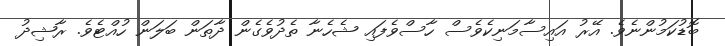
ބޮޑުކަމުންނެވެ. އޭރު އައިސާމަނިކެވެސް ހާސްވެފައި ޝެހެނާ ތެދުވެގެން ދާތަން ބަލަން ހުއްޓެވެ. ރާޝިދު